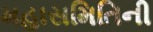
મહાસમિતિની